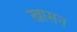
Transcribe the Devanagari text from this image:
खासन